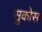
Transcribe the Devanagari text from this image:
सुकोस